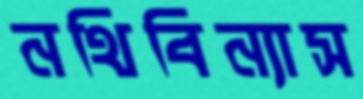
নথিবিন্যাস